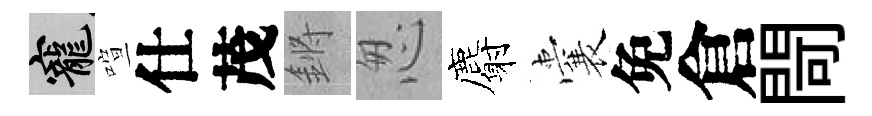
寵喧仕茂鏘怱麝囊免倉閜